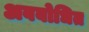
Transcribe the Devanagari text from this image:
अवबोधित